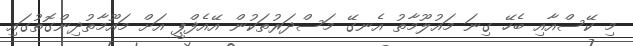
މި ކޭސްއާއި ބެހޭ ގިނަ މައުލޫމާތު އެނގޭ މަސްދަރުތަކުން އޭއެފްޕީ އަށް މައޫމާތުދިންގޮތުގައި